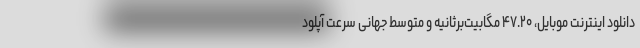
دانلود اینترنت موبایل، ۴۷.۲۰ مگابیت‌برثانیه و متوسط جهانی سرعت آپلود